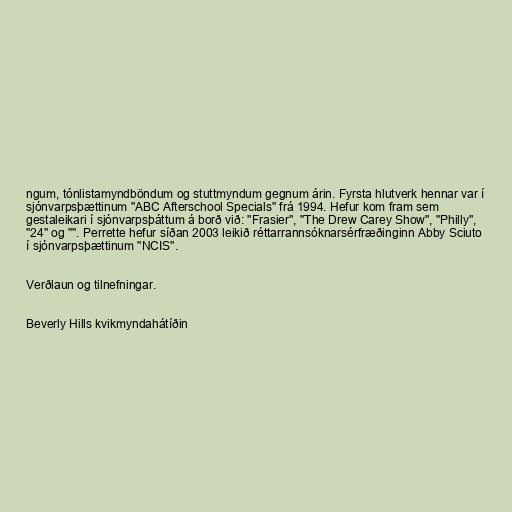
ngum, tónlistamyndböndum og stuttmyndum gegnum árin. Fyrsta hlutverk hennar var í
sjónvarpsþættinum "ABC Afterschool Specials" frá 1994. Hefur kom fram sem
gestaleikari í sjónvarpsþáttum á borð við: "Frasier", "The Drew Carey Show", "Philly",
"24" og "". Perrette hefur síðan 2003 leikið réttarrannsóknarsérfræðinginn Abby Sciuto
í sjónvarpsþættinum "NCIS".

Verðlaun og tilnefningar.

Beverly Hills kvikmyndahátíðin